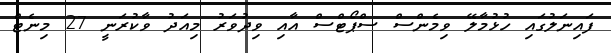
ފައިނަލުގައި ހުޅުމާލޭ ވިމެންސް ސްޕޯޓްސް އާއި ވިދުވަރު މިއަދު ވާކުރަނީ 27 މިނެޓް